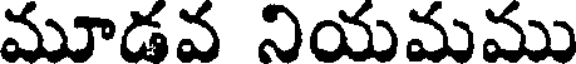
మూడవ నియమము